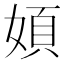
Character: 㛲